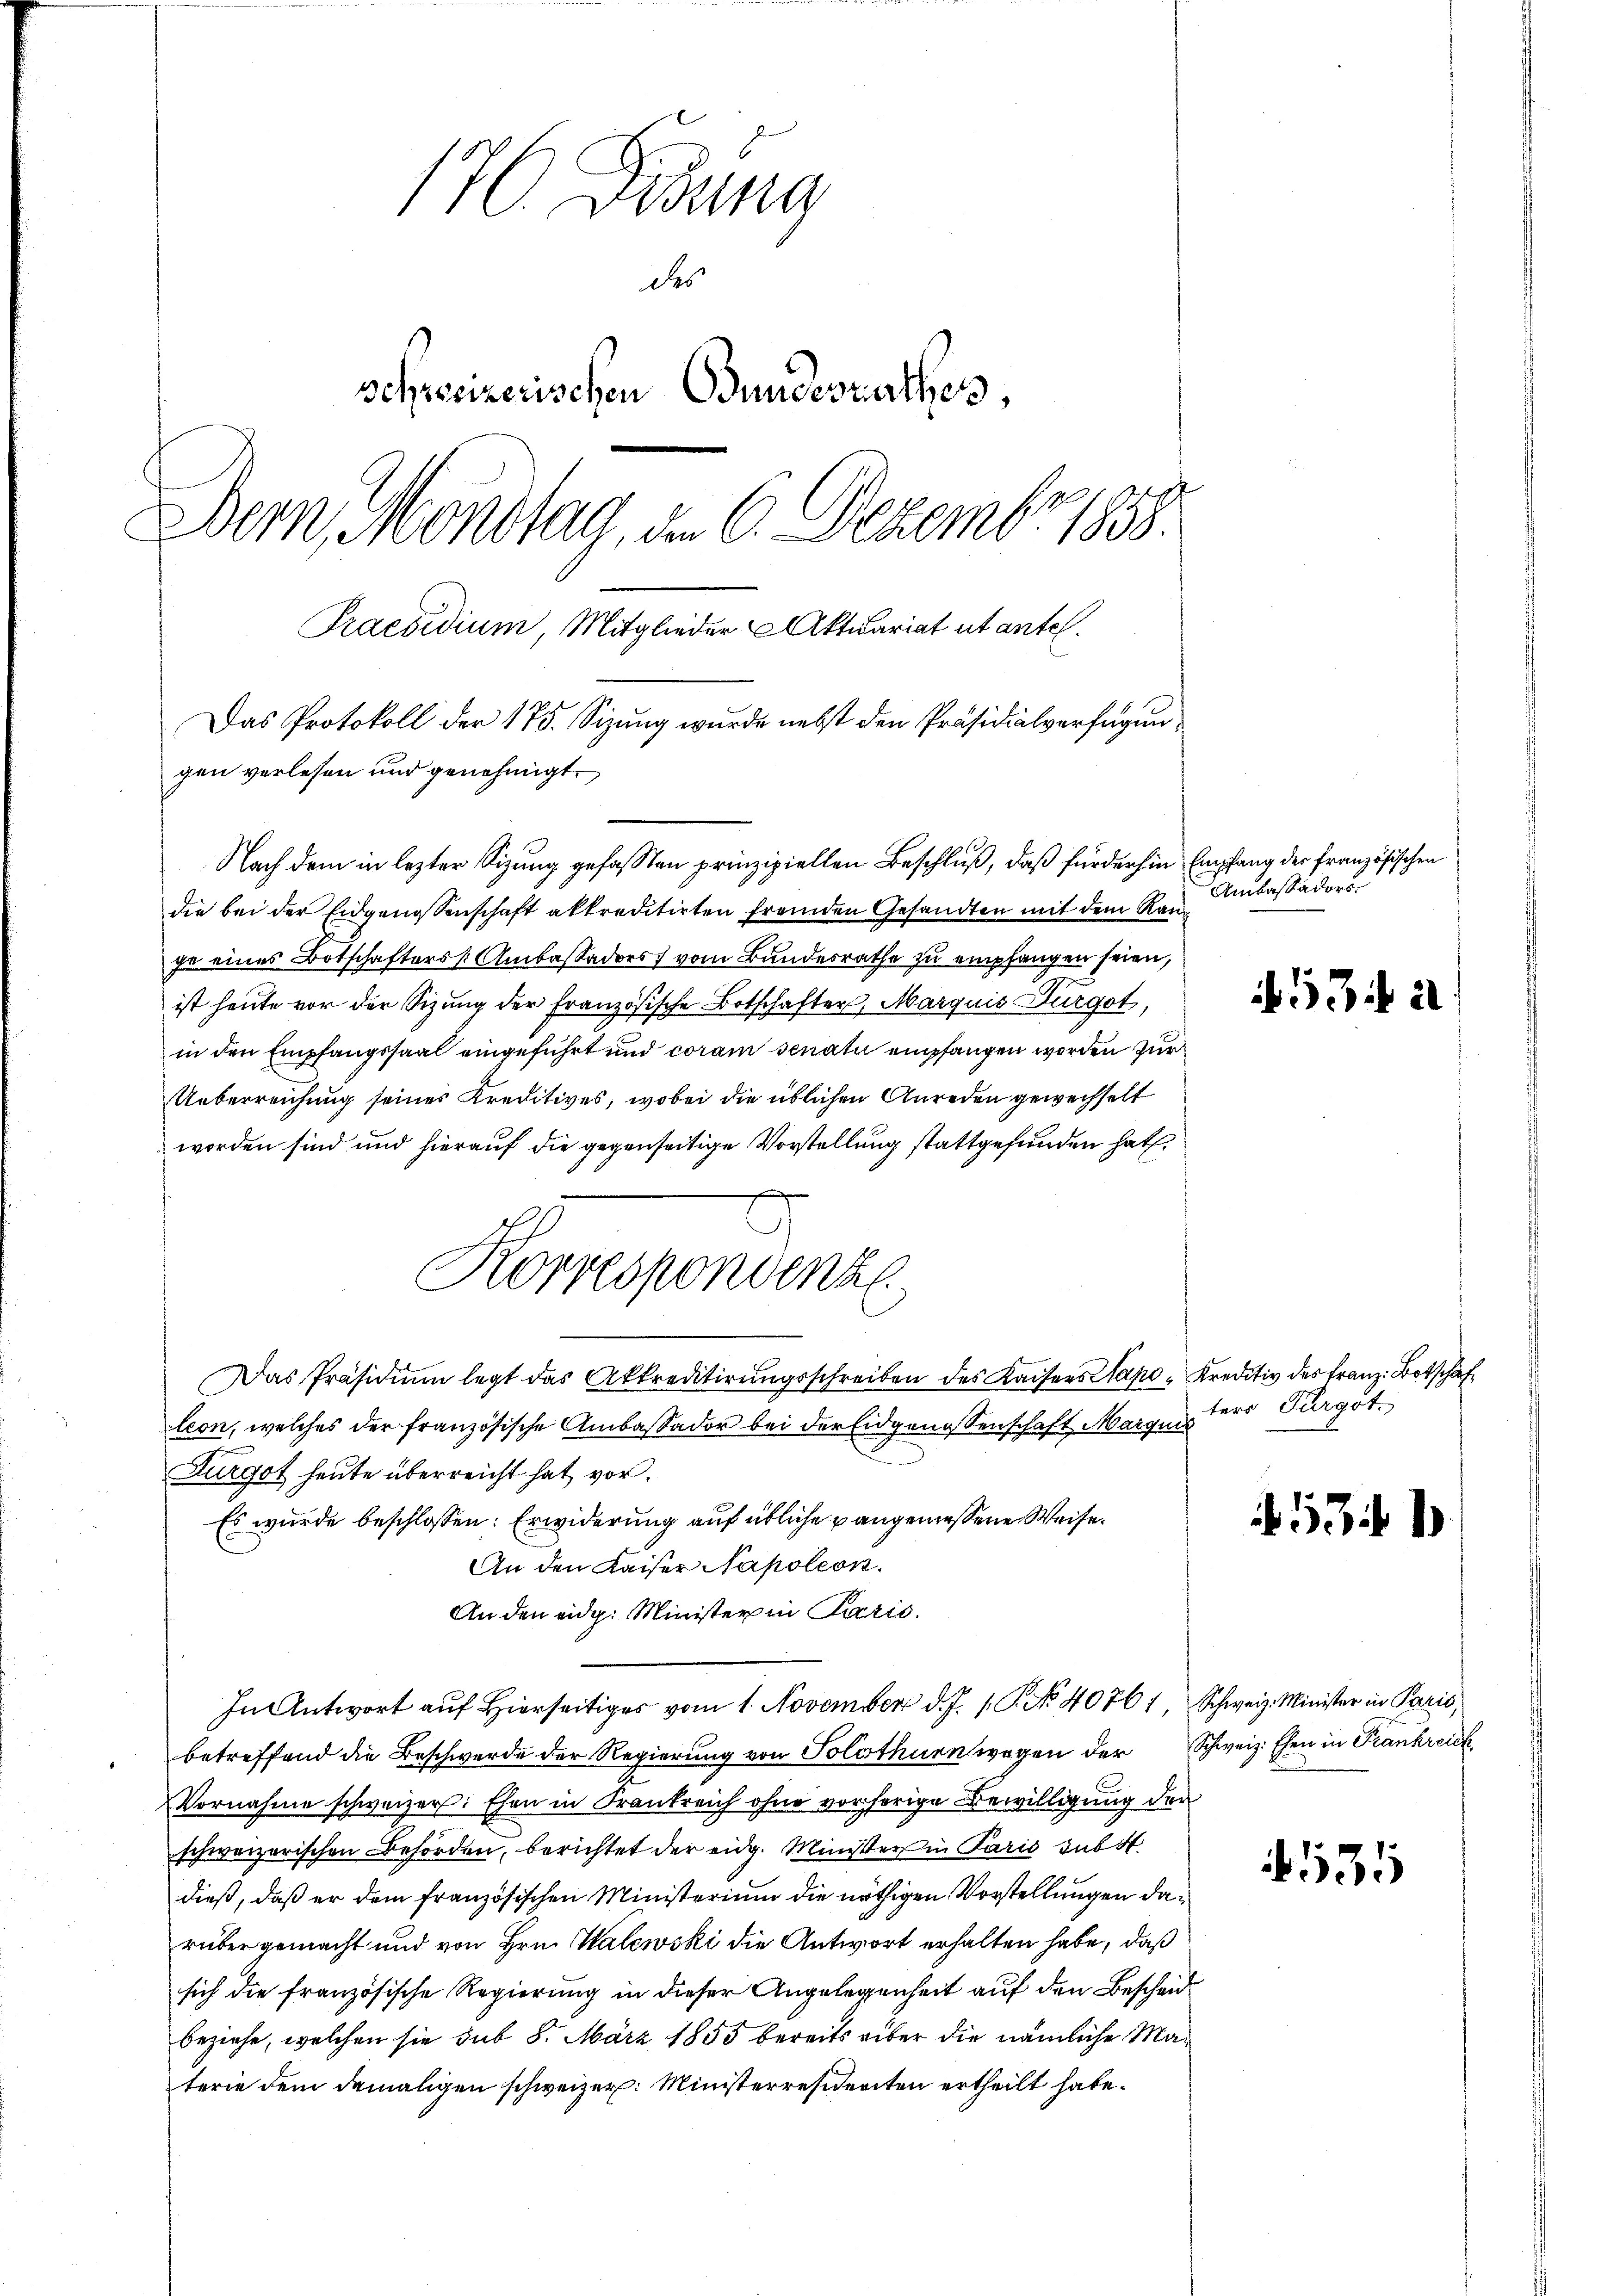
176 Didina
des
schreizerischen Bundesrathes,
Dem Mondtag, den 6. Dezember 1888.
Praesidium, Mitglieder Aktuariat et antel.
Das Protokoll der 175. Sizung wurde nebst den Präsidialverfügungen verlesen und genehmigt.

Nach dem in lezter Sizung gefaßten prinzipiellen Beschluß, daß für der hin Empfang der französischen
die bei der Eidgenossenschaft akkreditirten fremden Gesandten mit dem Rauge eines Botschafters Ambaßadors vom Bundesrathe zu empfangen seien,
ist heute vor der Sizung der Französische Botschafter, Marquis Furgot,
in den Empfangssaal eingeführt und coram senatu empfangen worden zur
Ueberreichung seines Kreditives, wobei die üblichen Anreden gewechselt
worden sind und hierauf die gegenseitige Vorstellung stattgefunden hat.
Das Präsidiŭm legt das Akkreditirŭngsschreiben des Kaisers Kapo-Kreditiv des Franz Botschaf
leon, welches der französische Ambaßador bei der Eidgenossenschaft Marqui
n
Durgot heute überreicht hat vor¬
Es wurde beschlossen: Erwiderung auf übliche angemessene Weise.
An den Kaiser Napoleon
Anden eidg. Minister in Paris.
In Antwort auf hierseitiges vom 1. November d. J. 1. P. No. 40761 Schweiz. Minister in Paris,
betreffend die Beschwerde der Regierung von Solothurn wegen der Schweiz. Ehen in Frankreich
Vornahme schweizer: Ehen in Krankreich ohne vorherige Bewilligung der
schweizerischen Behörden, berichtet der eidg. Minister in Paris subst
dieß, daß er dem französischen Ministerium die nöthigen Vorstellungen darüber gemacht und von Hrn. Malewski die Antwort erhalten habe, daß
sich die französische Regierung in dieser Angelegenheit auf den Bescheid
beziehe, welchen sie sub 8. März 1855 bereits über die nämliche Materie dem demaligen schweizer. Ministerresiderten ertheilt habe.

Korrespondenz

Ambassadors.

53

ters Furgot.

1

535

i